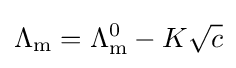
\Lambda _{\text{m}}=\Lambda _{\text{m}}^{0}-K{\sqrt {c}}